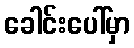
ခေါင်းပေါ်မှာ